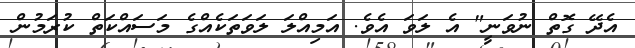
އެދޭ ގޮތް ނުވަނީ" އެ ލަވަ އެވެ. އަމިއްލަ ލަވަތަކެއްގެ މަސައްކަތް ކުރަމުން